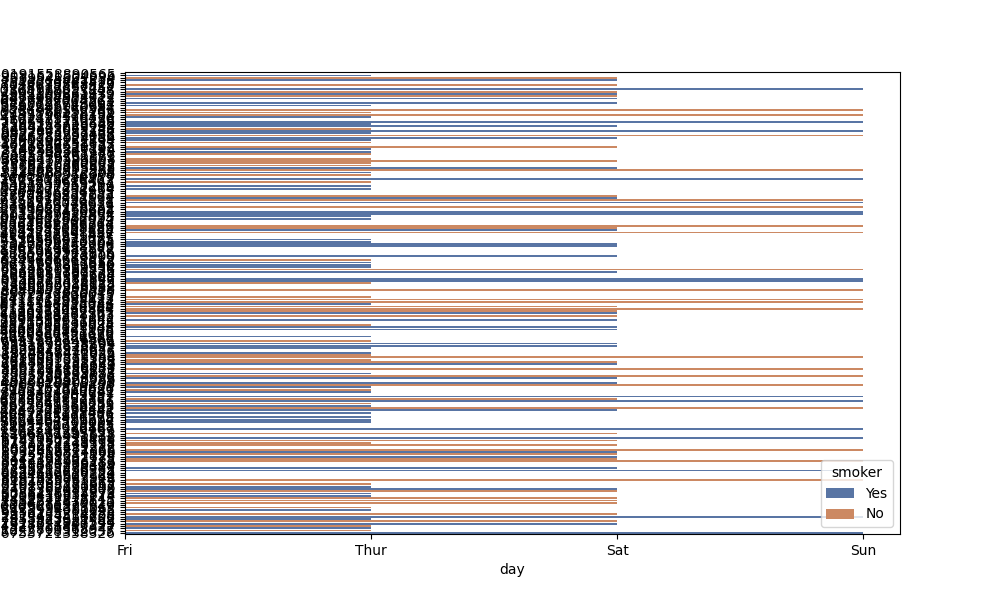
python, seaborn, barplot, hue='smoker', palette='deep', ci=None, orient='h'